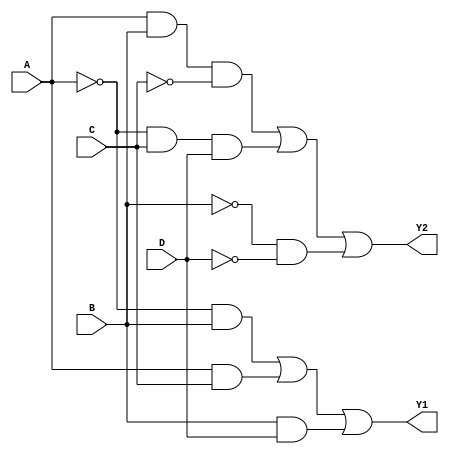
module comb_logic_block (
    input wire A,   // Input A
    input wire B,   // Input B
    input wire C,   // Input C
    input wire D,   // Input D
    output wire Y1, // Output Y1
    output wire Y2  // Output Y2
);

// Intermediate signals for simplification
wire not_A, not_B, not_C, not_D;
wire term1, term2, term3, term4, term5, term6;

// Apply NOT gates for complement inputs
not (not_A, A);
not (not_B, B);
not (not_C, C);
not (not_D, D);

// Define the logic for Y1 = A'B + AC + BD
assign term1 = not_A & B;   // A'B
assign term2 = A & C;       // AC
assign term3 = B & D;       // BD
assign Y1 = term1 | term2 | term3; // Y1 = A'B + AC + BD

// Define the logic for Y2 = ABC' + A'CD + B'D
assign term4 = A & B & not_C; // ABC'
assign term5 = not_A & C & D; // A'CD
assign term6 = not_B & not_D; // B'D
assign Y2 = term4 | term5 | term6; // Y2 = ABC' + A'CD + B'D

endmodule